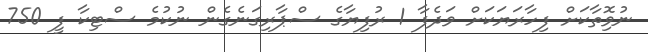
ނުވިޮތާކަށް ފިހާރަޔަކަށް ވަދެފާ 1 ރުފިޔާގެ ސްޕާރިގަނެގެން ނުކުމެ ސްޓިކާ ފީ 750